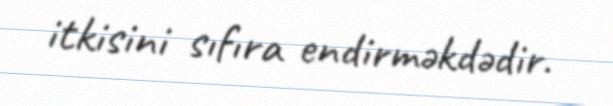
itkisini sıfıra endirməkdədir.